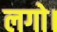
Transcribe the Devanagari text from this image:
लगो।